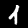
Label: 1